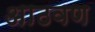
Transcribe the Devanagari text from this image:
अाठवण